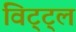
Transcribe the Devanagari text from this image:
विट्ट्ल